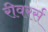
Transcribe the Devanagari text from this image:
रीवरर्स